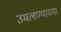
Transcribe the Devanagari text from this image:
उमलण्याच्या